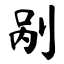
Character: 剐